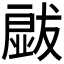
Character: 𱮡